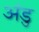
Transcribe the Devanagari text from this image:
अंडु